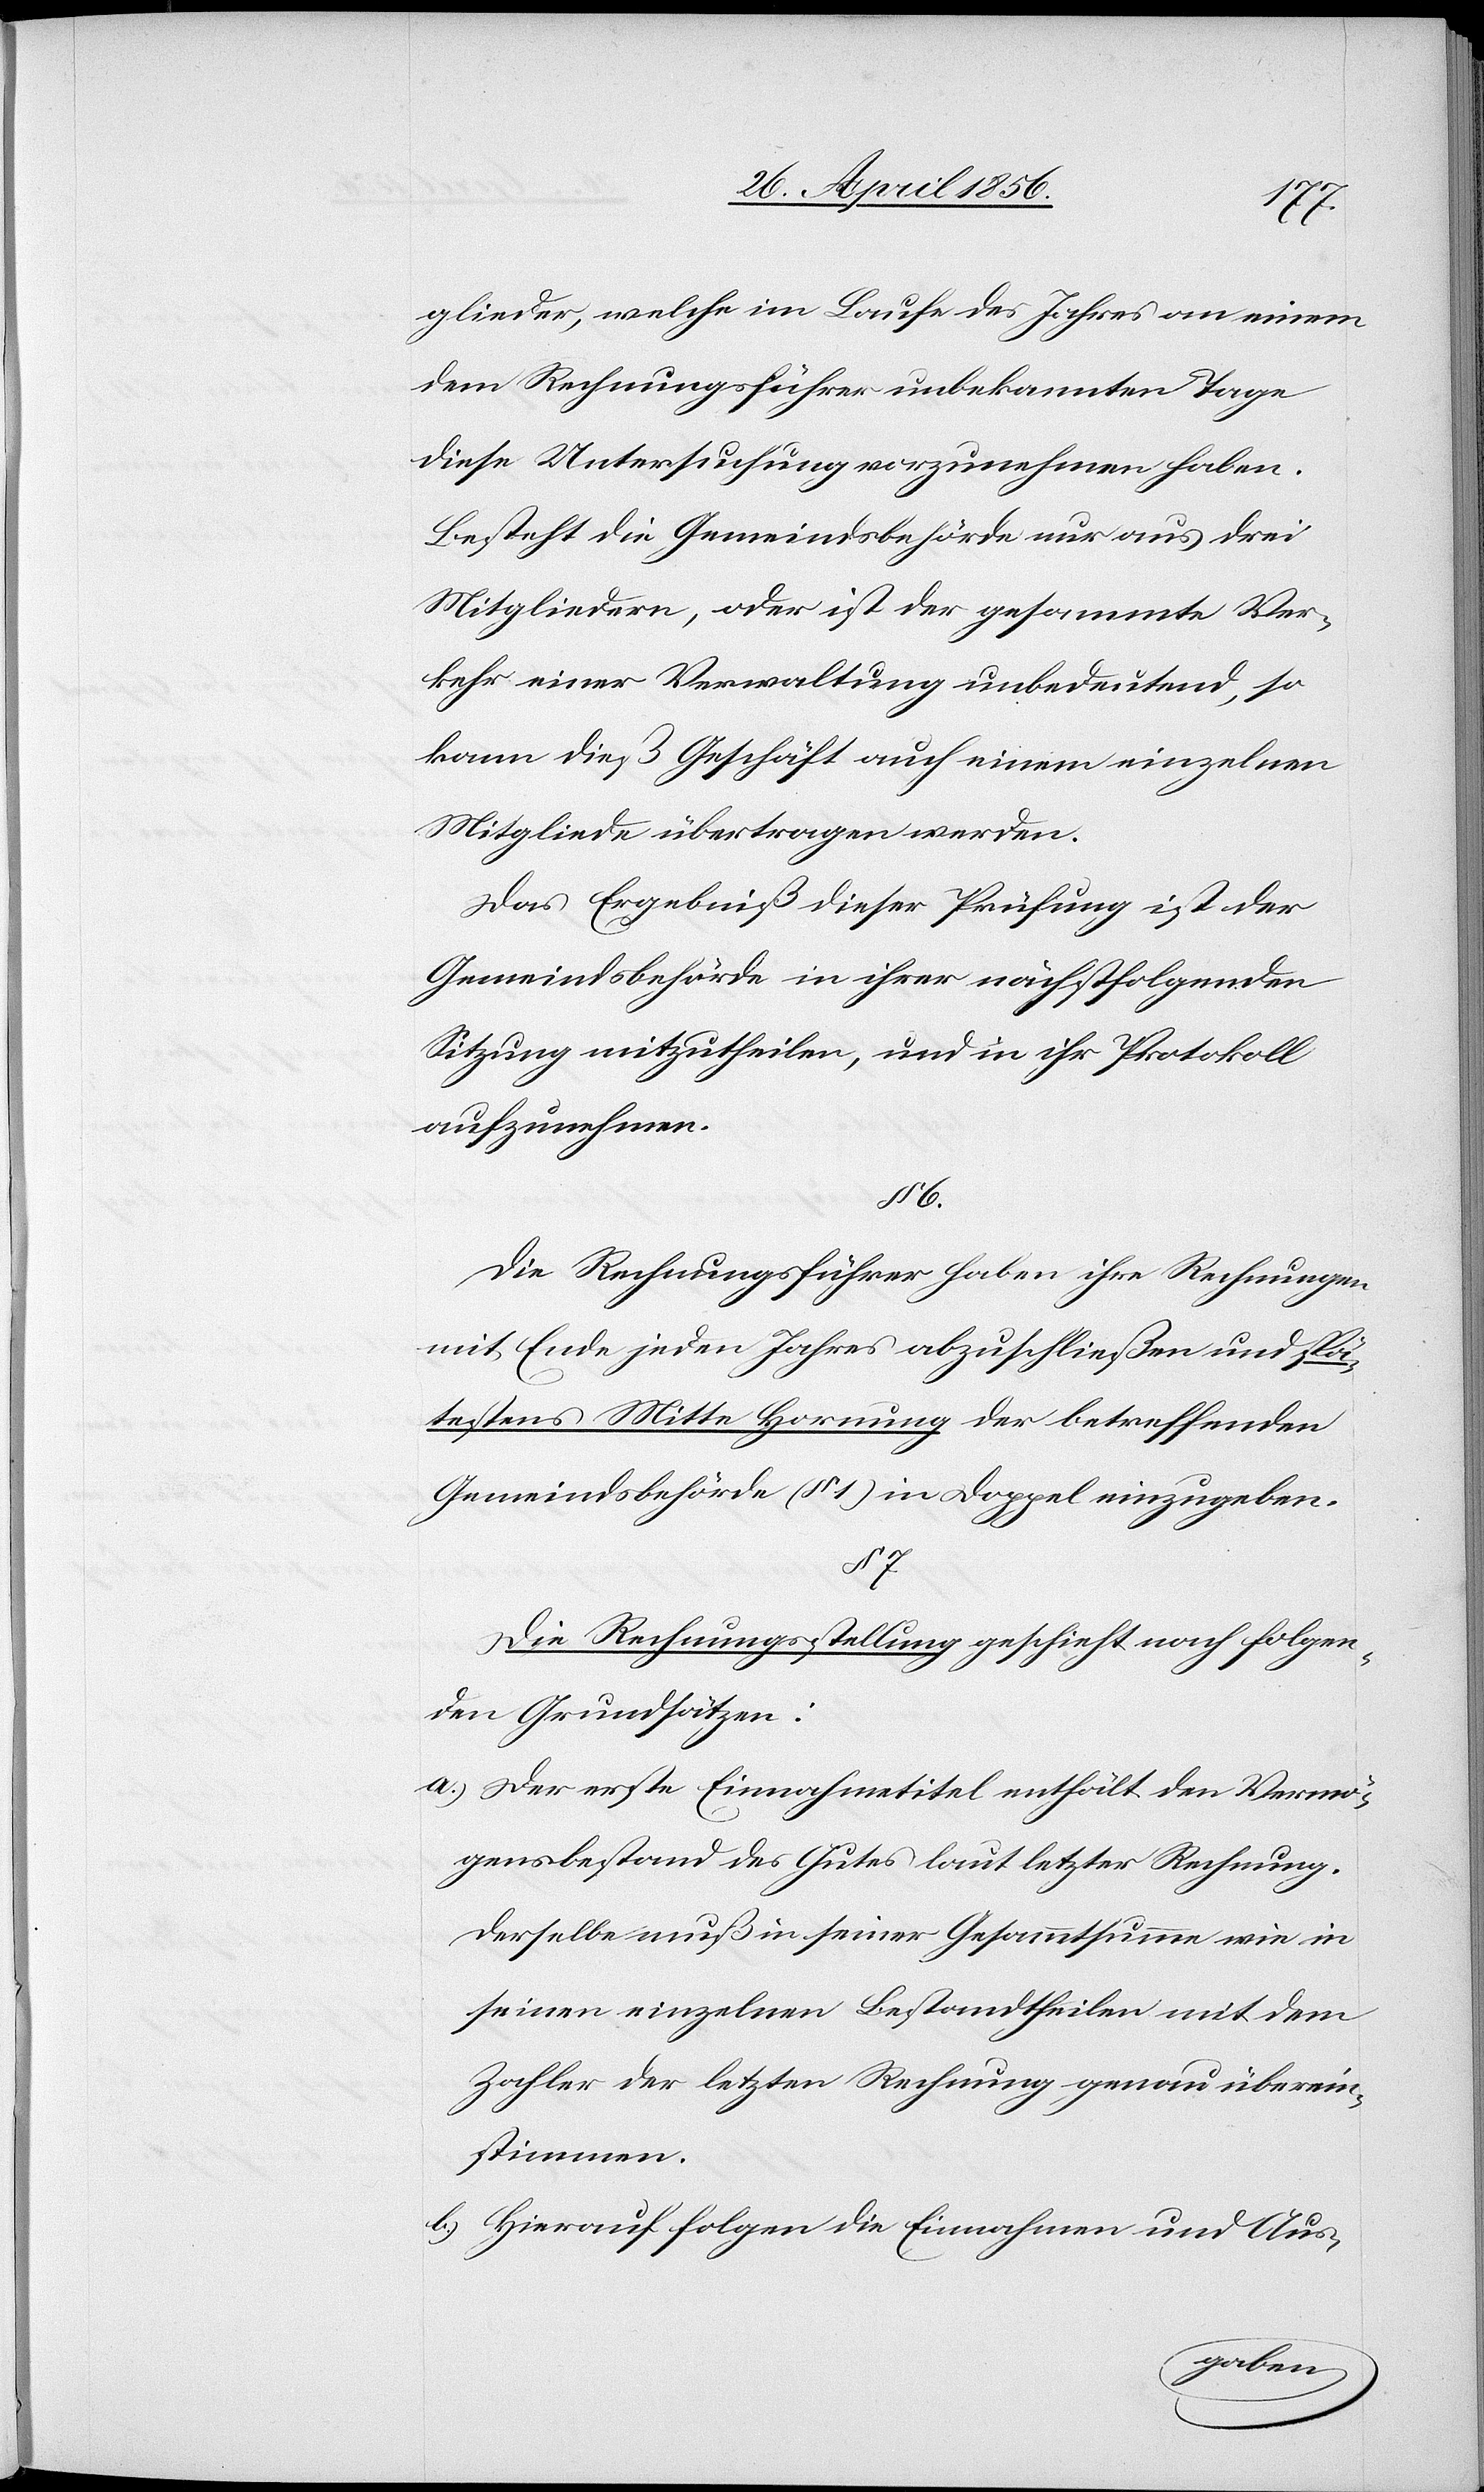
glieder, welche im Laufe des Jahres an einem
dem Rechnungsführer unbekannten Tage
diese Untersuchung vorzunehmen haben.
Besteht die Gemeindsbehörde nur aus drei
Mitgliedern, oder ist der gesammte Ver¬
kehr einer Verwaltung unbedeutend, so
kann dieß Geschäft auch einem einzelnen
Mitgliede übertragen werden.
Das Ergebniß dieser Prüfung ist der
Gemeindsbehörde in ihrer nächstfolgenden
Sitzung mitzutheilen, und in ihr Protokoll
aufzunehmen.
6.
Die Rechnungsführer haben ihre Rechnungen
mit Ende jeden Jahres abzuschließen und spä¬
testens Mitte Hornung der betreffenden
Gemeindsbehörde (§ 1) in Doppel einzugeben.
§ 7.
Die Rechnungsstellung geschieht nach folgen¬
den Grundsätzen:
a.) Der erste Einnahmetitel enthält den Vermö¬
gensbestand des Gutes laut letzter Rechnung.
Derselbe muß in seiner Gesammtsumme wie in
seinen einzelnen Bestandtheilen mit dem
Zahler der letzten Rechnung genau überein¬
stimmen.
b.) Hierauf folgen die Einnahmen und Aus-